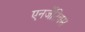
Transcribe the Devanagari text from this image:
एनर्जेटिक्स